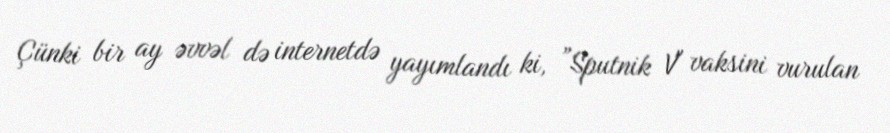
Çünki bir ay əvvəl də internetdə yayımlandı ki, ”Sputnik V" vaksini vurulan